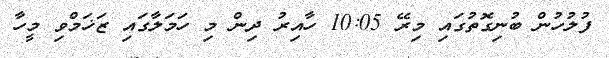
ފުލުހުން ބުނިގޮތުގައި މިރޭ 10:05 ހާއިރު ދިން މި ހަމަލާގައި ޒަޚަމްވި މީހާ